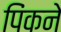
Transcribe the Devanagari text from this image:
पिंकने